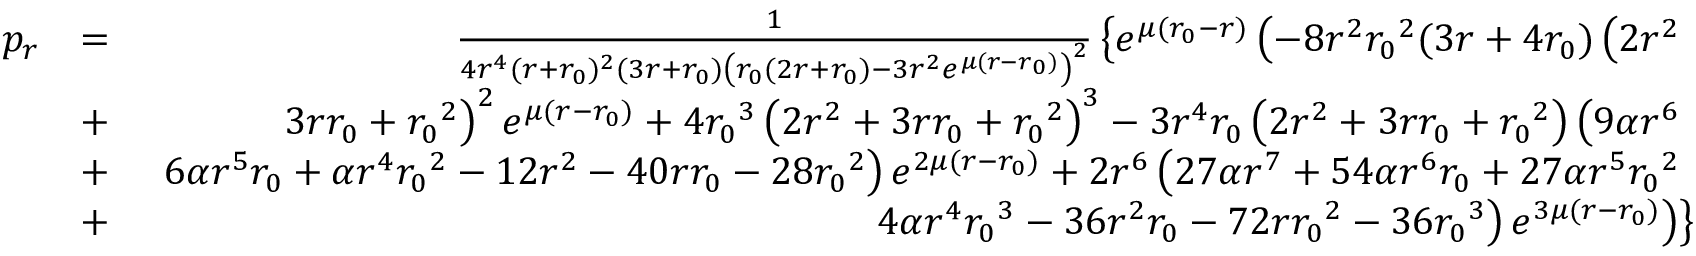
\begin{array} { r l r } { p _ { r } } & { = } & { \frac { 1 } { 4 r ^ { 4 } ( r + { r _ { 0 } } ) ^ { 2 } ( 3 r + { r _ { 0 } } ) \left( { r _ { 0 } } ( 2 r + { r _ { 0 } } ) - 3 r ^ { 2 } e ^ { \mu ( r - { r _ { 0 } } ) } \right) ^ { 2 } } \left\lbrace e ^ { \mu ( { r _ { 0 } } - r ) } \left( - 8 r ^ { 2 } { r _ { 0 } } ^ { 2 } ( 3 r + 4 { r _ { 0 } } ) \left( 2 r ^ { 2 } \right. \right. \right. } \\ & { + } & { \left. \left. \left. 3 r { r _ { 0 } } + { r _ { 0 } } ^ { 2 } \right) ^ { 2 } e ^ { \mu ( r - { r _ { 0 } } ) } + 4 { r _ { 0 } } ^ { 3 } \left( 2 r ^ { 2 } + 3 r { r _ { 0 } } + { r _ { 0 } } ^ { 2 } \right) ^ { 3 } - 3 r ^ { 4 } { r _ { 0 } } \left( 2 r ^ { 2 } + 3 r { r _ { 0 } } + { r _ { 0 } } ^ { 2 } \right) \left( 9 \alpha r ^ { 6 } \right. \right. \right. } \\ & { + } & { \left. \left. \left. 6 \alpha r ^ { 5 } { r _ { 0 } } + \alpha r ^ { 4 } { r _ { 0 } } ^ { 2 } - 1 2 r ^ { 2 } - 4 0 r { r _ { 0 } } - 2 8 { r _ { 0 } } ^ { 2 } \right) e ^ { 2 \mu ( r - { r _ { 0 } } ) } + 2 r ^ { 6 } \left( 2 7 \alpha r ^ { 7 } + 5 4 \alpha r ^ { 6 } { r _ { 0 } } + 2 7 \alpha r ^ { 5 } { r _ { 0 } } ^ { 2 } \right. \right. \right. } \\ & { + } & { \left. \left. \left. 4 \alpha r ^ { 4 } { r _ { 0 } } ^ { 3 } - 3 6 r ^ { 2 } { r _ { 0 } } - 7 2 r { r _ { 0 } } ^ { 2 } - 3 6 { r _ { 0 } } ^ { 3 } \right) e ^ { 3 \mu ( r - { r _ { 0 } } ) } \right) \right\rbrace } \end{array}